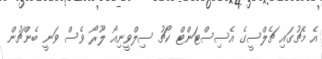
އެ މެޗުގައި ޗެލްސީގެ އެސިސްޓަންޓް ކޯޗު ސިލްވީނިއޯ ލޫރޯ ވެސް ވަނީ ބެންޗުން